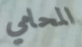
المحامي